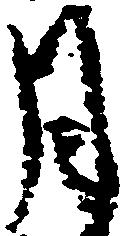
月